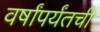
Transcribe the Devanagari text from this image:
वर्षांपर्यंतची